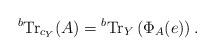
LaTeX: \begin{align*}{}^b {\rm Tr}_{c_Y}(A)={}^b{\rm Tr}_{Y}\left(\Phi_A(e)\right).\end{align*}